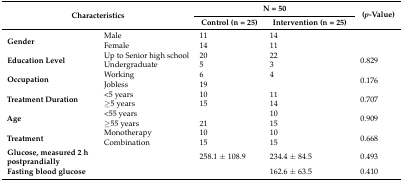
<table><thead><tr><td colspan="2" rowspan="2"><b>Characteristics</b></td><td colspan="2"><b>N = 50</b></td><td rowspan="2"><b>(<i>p</i>-Value)</b></td></tr><tr><td><b>Control (n = 25)</b></td><td><b>Intervention (n = 25)</b></td></tr></thead><tbody><tr><td rowspan="2"><b>Gender</b></td><td>Male</td><td>11</td><td>14</td><td rowspan="2">[EMPTY_CELL]</td></tr><tr><td>Female</td><td>14</td><td>11</td></tr><tr><td rowspan="2"><b>Education Level</b></td><td>Up to Senior high school</td><td>20</td><td>22</td><td rowspan="2">0.829</td></tr><tr><td>Undergraduate</td><td>5</td><td>3</td></tr><tr><td rowspan="2"><b>Occupation</b></td><td>Working</td><td>6</td><td>4</td><td rowspan="2">0.176</td></tr><tr><td>Jobless</td><td>19</td><td>[EMPTY_CELL]</td></tr><tr><td rowspan="2"><b>Treatment Duration</b></td><td>&lt;5 years</td><td>10</td><td>11</td><td rowspan="2">0.707</td></tr><tr><td>≥5 years</td><td>15</td><td>14</td></tr><tr><td rowspan="2"><b>Age</b></td><td>&lt;55 years</td><td>[EMPTY_CELL]</td><td>10</td><td rowspan="2">0.909</td></tr><tr><td>≥55 years</td><td>21</td><td>15</td></tr><tr><td rowspan="2"><b>Treatment</b></td><td>Monotherapy</td><td>10</td><td>10</td><td rowspan="2">0.668</td></tr><tr><td>Combination</td><td>15</td><td>15</td></tr><tr><td><b>Glucose, measured 2 h postprandially</b></td><td>[EMPTY_CELL]</td><td>258.1 ± 108.9</td><td>234.4 ± 84.5</td><td>0.493</td></tr><tr><td><b>Fasting blood glucose</b></td><td>[EMPTY_CELL]</td><td>[EMPTY_CELL]</td><td>162.6 ± 63.5</td><td>0.410</td></tr></tbody></table>